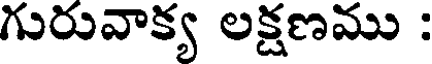
గురువాక్య లక్షణము :